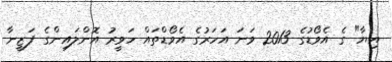
އިޔާ" ގެ އެވޯޑުގެ 2013 ވަނަ އަހަރުގެ އެވޯޑްތައް ހަވީރު އޮންލައިންގެ ފަޒީނާ